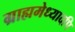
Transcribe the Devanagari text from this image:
ग्राह्ममेध्यादपि